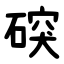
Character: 䃐